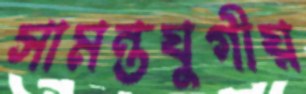
সামন্তযুগীয়